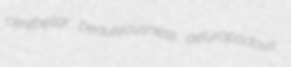
cerebellar beauteousness aeluropodous